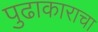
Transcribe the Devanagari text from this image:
पुढाकाराचा